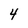
Character: 4